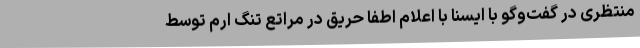
منتظری در گفت‌وگو با ایسنا با اعلام اطفا حریق در مراتع تنگ ارم توسط